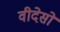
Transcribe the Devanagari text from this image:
वीदेसो